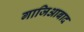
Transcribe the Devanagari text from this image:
गाजिआबाद